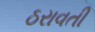
ઠરાવતી